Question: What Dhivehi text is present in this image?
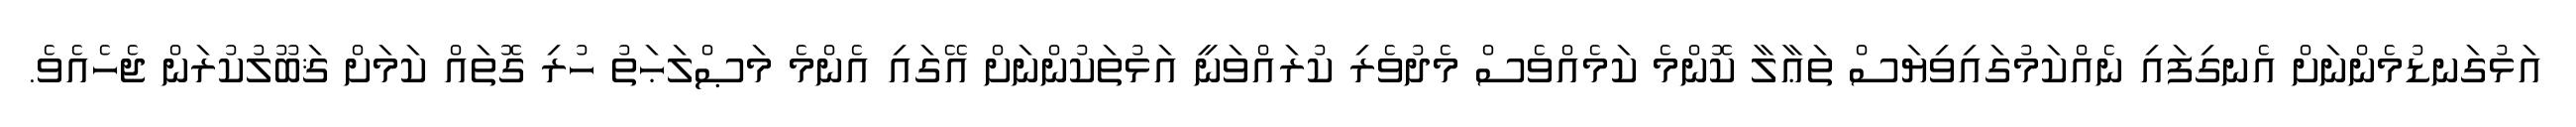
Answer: އަޅުގަނޑުމެންނަށް އެނގިފައި ނެއްކަމުގައިވިޔަސް ތަޢާލާ ކޮންމެ ކަމެއްވެސް މެދުވެރި ކުރައްވަނީ އަޅުތަކުންނަށް އޭގައި އެންމެ މަޞްލަޙަތު ހުރި ގޮތައް ކަމަށް ޤަބޫލުކުރަން ޖެހެއެވެ.